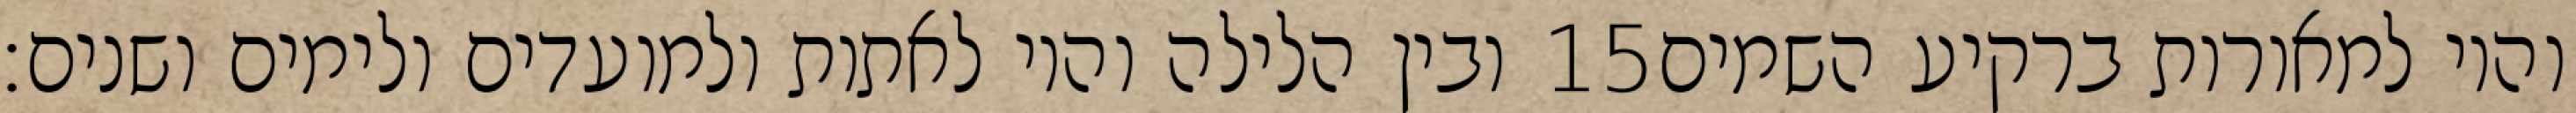
ובין הלילה והיו לאתות ולמועדים ולימים ושנים׃ ‎15‏ והיו למאורות ברקיע השמים